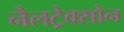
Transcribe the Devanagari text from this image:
नैलट्रेक्सोन